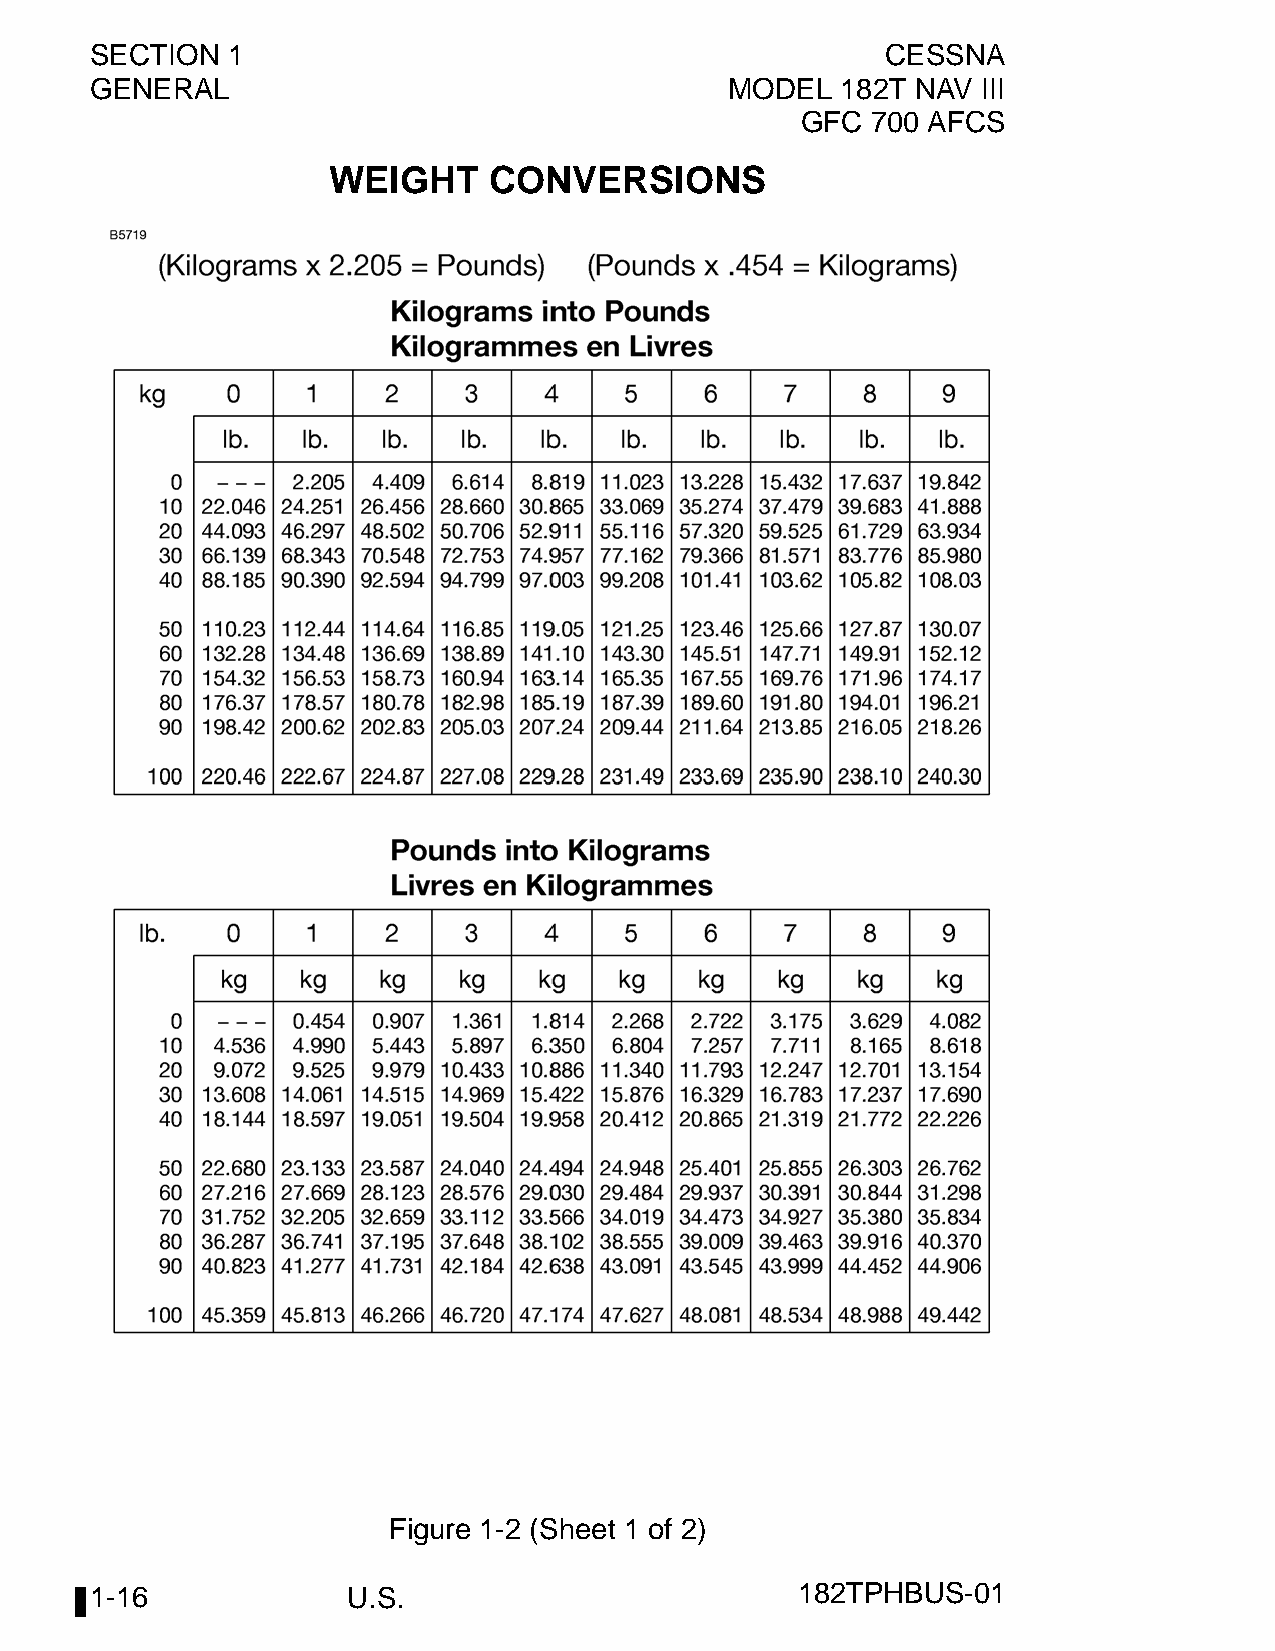
SECTION  1                                           CESSNA
 GENERAL                                   MODEL   182T NAV III
 GFC  700 AFCS
 WEIGHT    CONVERSIONS
 Figure 1-2 (Sheet 1 of 2)
 1-16             U.S.                          182TPHBUS-01